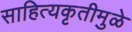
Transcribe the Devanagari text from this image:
साहित्यकृतीमुळे